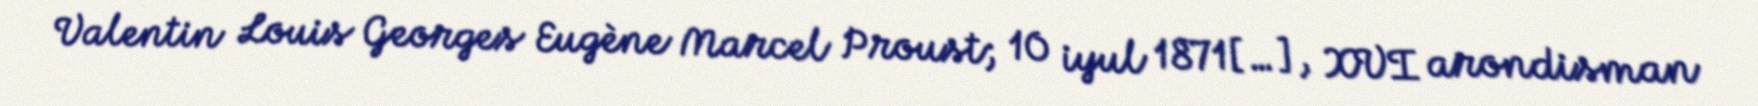
Valentin Louis Georges Eugène Marcel Proust; 10 iyul 1871[…], XVI arondisman